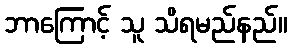
ဘာကြောင့် သူ သိရမည်နည်။